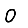
Digit: 0